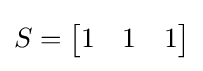
S={\begin{bmatrix}1&1&1\end{bmatrix}}